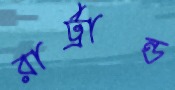
রার্ট্রান্ড